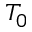
T _ { 0 }